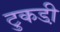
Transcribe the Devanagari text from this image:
टुकडी़